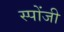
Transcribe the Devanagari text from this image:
स्पोंजी